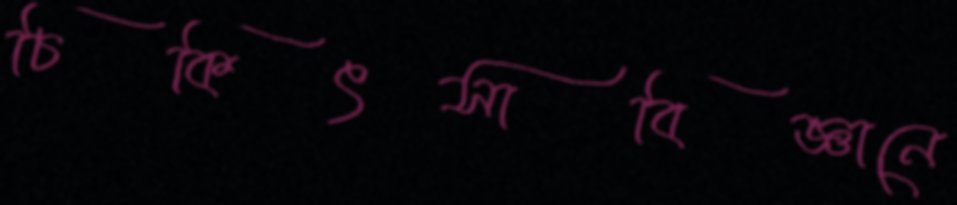
চিকিৎসাবিজ্ঞানে